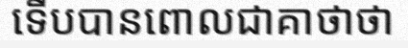
ទើបបានពោលជាគាថាថា